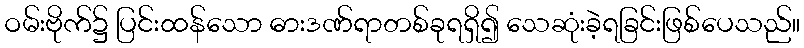
ဝမ်းဗိုက်၌ ပြင်းထန်သော ဓားဒဏ်ရာတစ်ခုရရှိ၍ သေဆုံးခဲ့ရခြင်းဖြစ်ပေသည်။